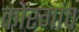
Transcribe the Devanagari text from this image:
कोरगांव